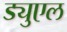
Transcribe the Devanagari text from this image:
ड्युएल